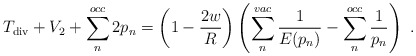
\begin{align*}T_{\rm div}+V_2 + \sum_n^{occ} 2 p_n = \left( 1-\frac{2w}{R} \right) \left( \sum_n^{vac} \frac{1}{E(p_n)} - \sum_n^{occ} \frac{1}{p_n} \right) \ .\end{align*}